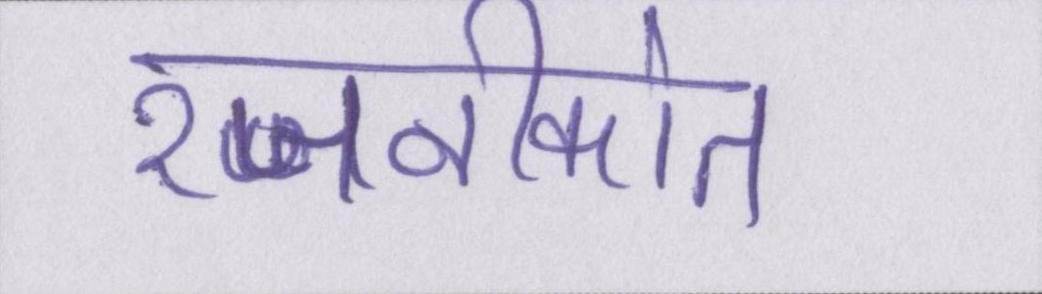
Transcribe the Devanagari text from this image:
रजनीकांत